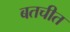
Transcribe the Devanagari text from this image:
बतचीत